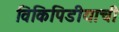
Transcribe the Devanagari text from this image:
विकिपिडीयाची